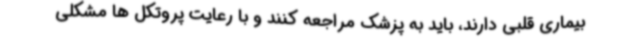
بیماری قلبی دارند، باید به پزشک مراجعه کنند و با رعایت پروتکل ها مشکلی